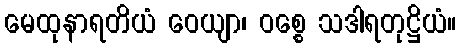
မေထုနာရတိယံ ဝေယျာ၊ ဝစ္စေ သဒါရတုဋ္ဌိယံ။